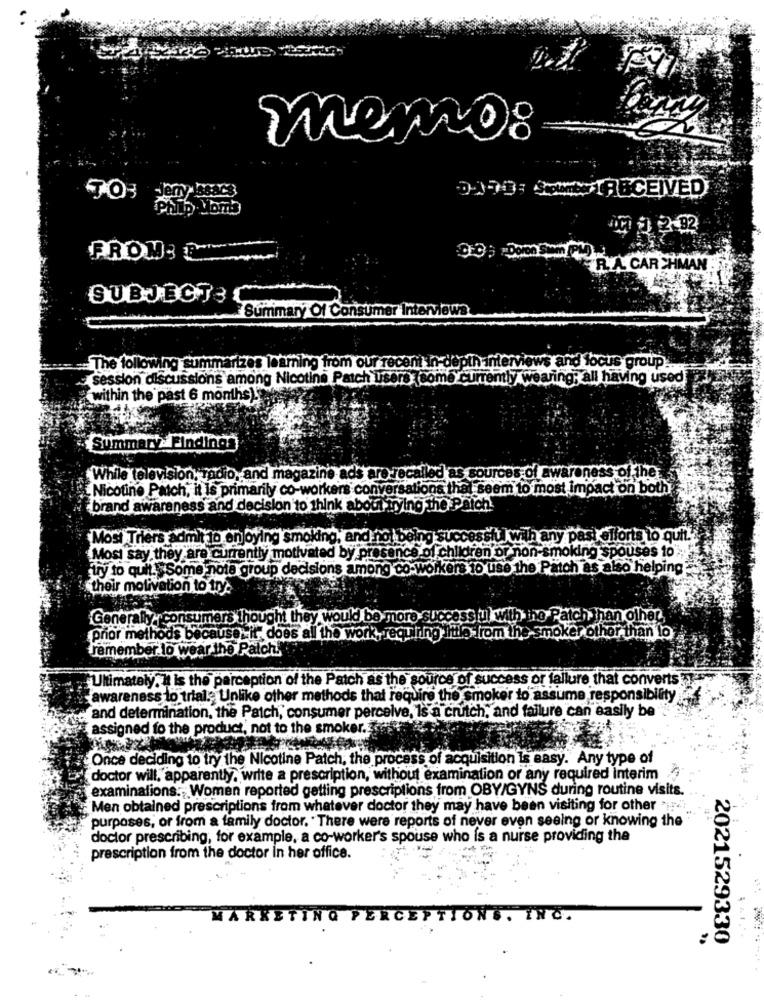
memo:
0-170: 4Mx-RECEIVED
FROM: C
ER A CAR SHMAN
SUBJECT: C
Summary Of Consumer Interviews
- The following summarizes learning from our recent in-depth interviews and focus group.
session discussions among Nicotine Patch users (some currently wearing; all having used
within the past 6 months ).
Summary:Finding
While television, radio, and magazine ads are recalled as sources of awareness of the
Nicotine Patch, it is primarily co-workers conversations thal seem to most impact on both
brand awareness and decision to think about trying the Patch
Most Triers admit 10 on byln
,and nol being Su
Jwith any past efforts to quit !!
Mosi say they are currently motivated by presence of children or non-smoking spouses to"
try to quit. Some note group decisions among co-worke
the Patch as also helping
their motivation to try:
Generally, consumers thought they would be more succ
ich than other.
prior methods because it does all th
work, Tequ
ker other than io
remember to wear the Patch!
Ultimately. It is the perception of the Patch as the source of success or failure that converts.
awareness to trial. Unlike other methods that require the smoker to assume responsibility
and determination, the Patch, consumer perceive, Is a crutch, and failure can easily be
assigned fo the product, not to the smoker.
Once deciding to try the Nicotine Patch, the process of acquisition Is easy. Any type of
doctor will, apparently, write a prescription, without examination or any required interim
examinations. Women reported getting prescriptions from OBY/GYNS during routine visits.
Men obtained prescriptions from whatever doctor they may have been visiting for other > ....
purposes, or from a family doctor. "There were reports of never even seeing or knowing the
doctor prescribing, for example, a co-worker's spouse who is a nurse providing the
prescription from the doctor in her office.
MARKETING PERCEPTIONS. INC.
2021529330